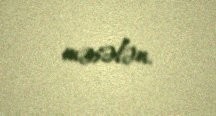
məsələn.